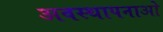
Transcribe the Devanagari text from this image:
अवस्थापनाओ